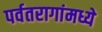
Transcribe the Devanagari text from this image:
पर्वतरागांमध्ये